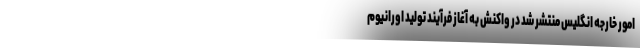
امور خارجه انگلیس منتشر شد در واکنش به آغاز فرآیند تولید اورانیوم